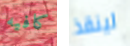
كافيه لينقذ